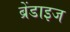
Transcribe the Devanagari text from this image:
ब्रेंडाइज